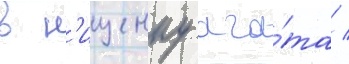
в н'ищенку ага́та /